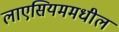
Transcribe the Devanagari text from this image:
लाएसियममधील